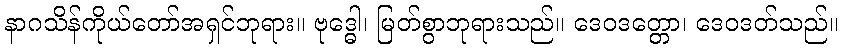
နာဂသိန်ကိုယ်တော်အရှင်ဘုရား။ ဗုဒ္ဓေါ၊ မြတ်စွာဘုရားသည်။ ဒေဝဒတ္တော၊ ဒေဝဒတ်သည်။